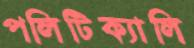
পলিটিক্যালি